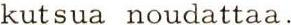
kutsua noudattaa.